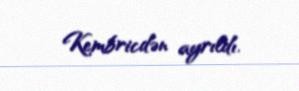
Kembricdən ayrıldı.